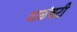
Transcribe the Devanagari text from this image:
वाळंवटी